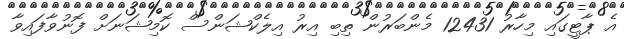
އެ ޕާޓީގައި މިހާރު 12431 މެންބަރުން ތިބި އިރު އިލެކްޝަންސް ކޮމިޝަނަށް ފޮނުވާފައިވާ